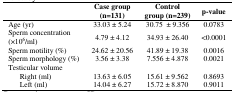
<table><thead><tr><td colspan="2"></td><td><b>Case group (n=131)</b></td><td><b>Control group (n=239)</b></td><td><b>p-value</b></td></tr></thead><tbody><tr><td colspan="2">Age (yr)</td><td>33.03 ± 5.24</td><td>30.75 ± 9.356</td><td>0.0783</td></tr><tr><td colspan="2">Sperm concentration (×10<sup>6</sup>/ml)</td><td>4.79 ± 4.12</td><td>34.93 ± 26.40</td><td>&lt;0.0001</td></tr><tr><td colspan="2">Sperm motility (%)</td><td>24.62 ± 20.56</td><td>41.89 ± 19.38</td><td>0.0016</td></tr><tr><td colspan="2">Sperm morphology (%)</td><td>3.56 ± 3.38</td><td>7.556 ± 4.878</td><td>0.0021</td></tr><tr><td colspan="2">Testicular volume</td><td></td><td></td><td></td></tr><tr><td></td><td>Right (ml)</td><td>13.63 ± 6.05</td><td>15.61 ± 9.562</td><td>0.8693</td></tr><tr><td></td><td>Left (ml)</td><td>14.04 ± 6.27</td><td>15.72 ± 8.870</td><td>0.9011</td></tr></tbody></table>